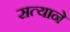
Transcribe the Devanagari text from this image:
सत्याने